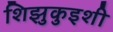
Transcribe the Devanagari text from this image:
शिझुकुइशी